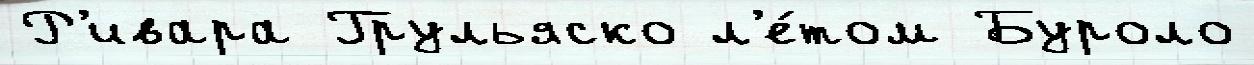
Р'ивара Грульяско л'е́том Буроло